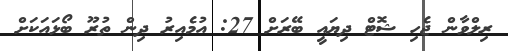
ރިލްވާން ޖެހި ޝޮޓް ދިޔައީ ބޭރަށް 27: އުމެއިރު ދިން ތުރޫ ބޯޅައަކަށް